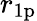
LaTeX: r_{1\mathrm{p}}